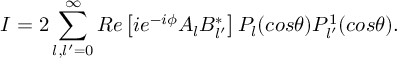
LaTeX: I = 2 \sum _ { l , l ^ { \prime } = 0 } ^ { \infty } R e \left[ i e ^ { - i \phi } A _ { l } B _ { l ^ { \prime } } ^ { * } \right] P _ { l } ( c o s \theta ) P _ { l ^ { \prime } } ^ { 1 } ( c o s \theta ) .